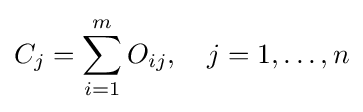
C_{j}=\sum _{i=1}^{m}O_{ij},\quad j=1,\dots ,n